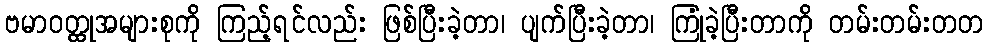
ဗမာဝတ္ထုအများစုကို ကြည့်ရင်လည်း ဖြစ်ပြီးခဲ့တာ၊ ပျက်ပြီးခဲ့တာ၊ ကြုံခဲ့ပြီးတာကို တမ်းတမ်းတတ